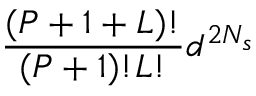
\frac { ( P + 1 + L ) ! } { ( P + 1 ) ! L ! } d ^ { 2 N _ { s } }